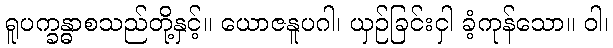
ရူပက္ခန္ဓာစသည်တို့နှင့်။ ယောဇနူပဂါ၊ ယှဉ်ခြင်းငှါ ခံ့ကုန်သော။ ဝါ၊